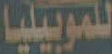
للموبيليا